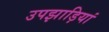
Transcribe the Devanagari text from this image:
उपझाड़ियां